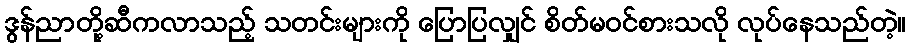
ဒွန်ညာတို့ဆီကလာသည့် သတင်းများကို ပြောပြလျှင် စိတ်မဝင်စားသလို လုပ်နေသည်တဲ့။